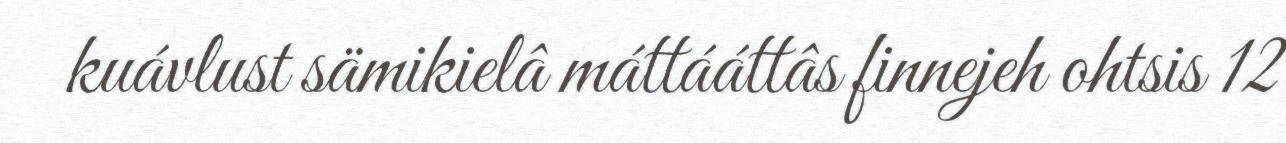
kuávlust sämikielâ máttááttâs finnejeh ohtsis 12